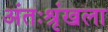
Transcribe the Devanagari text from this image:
अंतःश्रृंखला